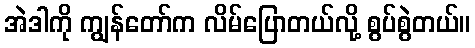
အဲဒါကို ကျွန်တော်က လိမ်ပြောတယ်လို့ စွပ်စွဲတယ်။